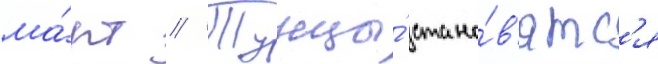
ма́рт // Тунцы́ стано́в'ятс'я